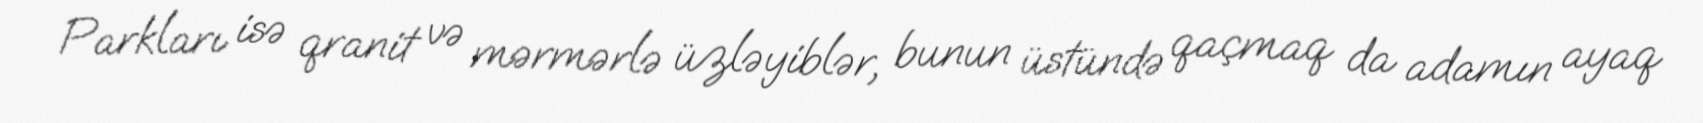
Parkları isə qranit və mərmərlə üzləyiblər, bunun üstündə qaçmaq da adamın ayaq